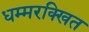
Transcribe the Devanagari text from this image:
धम्मरक्खित